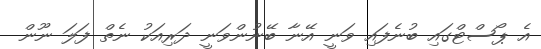
އެ ޕޯސްޓްގައި ބުނެފައި ވަނީ އޭނާ ބޭނުންވަނީ ދަރިއަކު ނެތް ފަލަ ނޫން